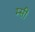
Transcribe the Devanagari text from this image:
म्सी